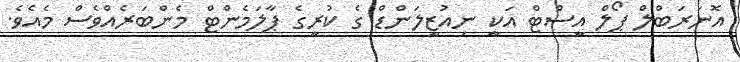
އޮނަރަބްލް ޕޯލް އީސްޓް އަކީ ނިއުޒީލަންޑް ގެ ކުރީގެ ޕާލަމެންޓް މެންބަރެއްވެސް މެއެވެ.